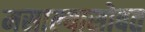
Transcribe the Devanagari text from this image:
मसाल्यासोबत